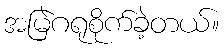
အမြဲဂရုစိုက်ခဲ့တယ်။